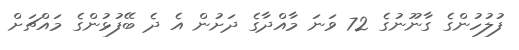
ފުލުހުންގެ ގާނޫނުގެ 72 ވަނަ މާއްދާގެ ދަށުން އެ ދެ ބޭފުޅުންގެ މައްޗަށް